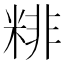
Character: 𥺘